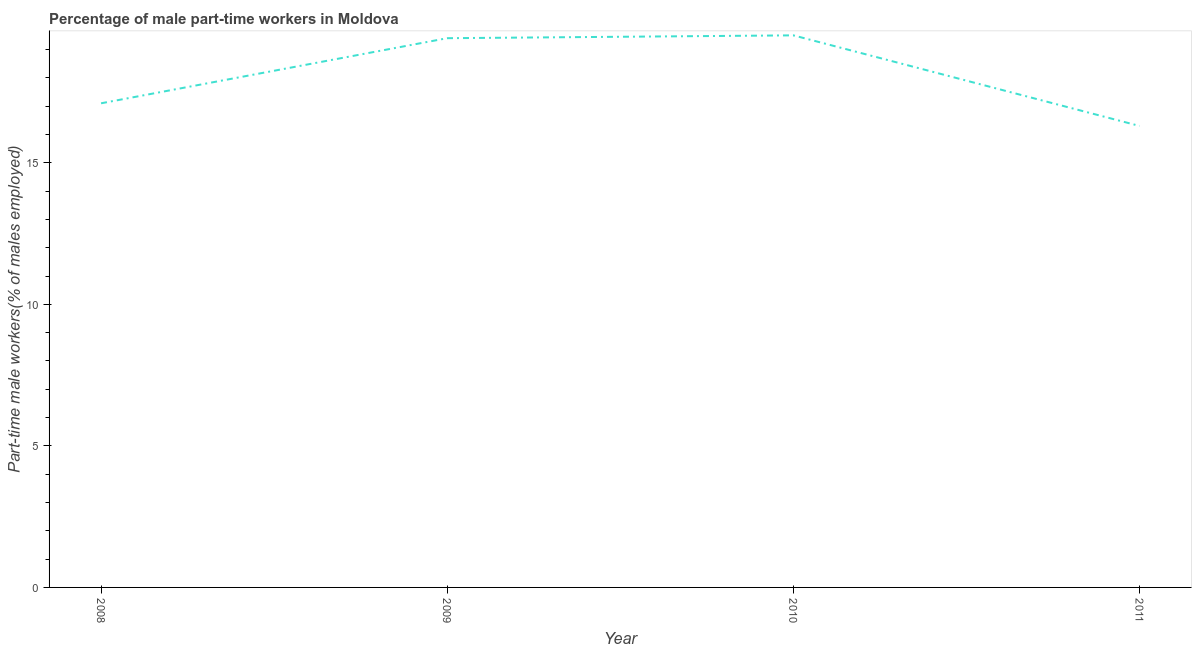
| Year | Part time employment |
 | --- | --- |
 | 2008 | 17.1 |
 | 2009 | 19.4 |
 | 2010 | 19.5 |
 | 2011 | 16.3 |